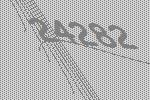
24282